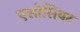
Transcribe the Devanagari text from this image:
एसोसियट